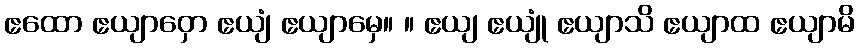
ဧထော ဧယျာဝှော ဧယျံ ဧယျာမှေ။ ။ ဧယျ ဧယျုံ ဧယျာသိ ဧယျာထ ဧယျာမိ